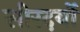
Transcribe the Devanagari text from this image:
सीरदर्यो